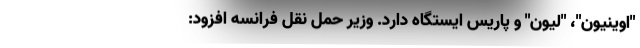
"اوینیون"، "لیون" و پاریس ایستگاه دارد. وزیر حمل نقل فرانسه افزود: